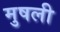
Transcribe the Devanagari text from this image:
मुषली